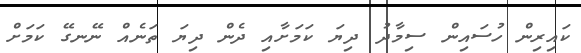
ކައިރިން ހުސައިން ސިމާދު ދިޔަ ކަމަށާއި ދެން ދިޔަ ތަނެއް ނޭނގޭ ކަމަށް